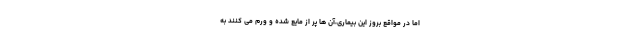
اما در مواقع بروز این بیماری،آن ها پر از مایع شده و ورم می کنند به